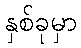
နှစ်ခုမှာ